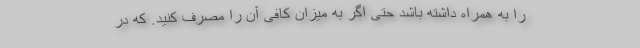
را به همراه داشته باشد حتی اگر به میزان کافی آن را مصرف کنید. که در